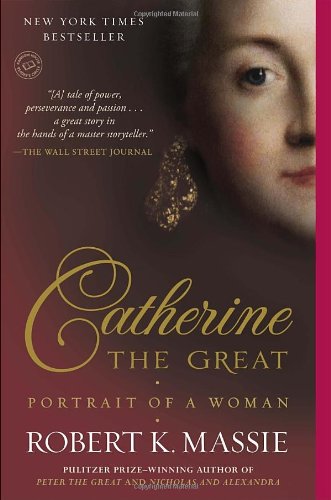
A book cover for Catherine the Great: Portrait of a Woman; Robert K. Massie; Biographies & Memoirs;